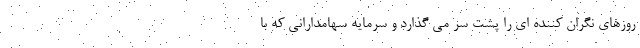
روزهای نگران کننده ای را پشت سر می گذارد و سرمایه سهامدارانی که با